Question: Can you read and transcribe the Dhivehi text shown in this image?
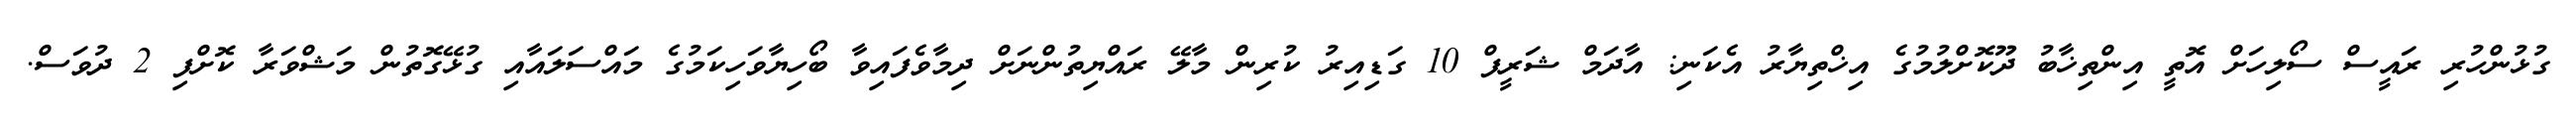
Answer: ގުޅުންހުރި ރައީސް ސޯލިހަށް އޮތީ އިންތިޚާބު ދޫކޮށްލުމުގެ އިޚްތިޔާރު އެކަނި: އާދަމް ޝަރީފް 10 ގަޑިއިރު ކުރިން މާލޭ ރައްޔިތުންނަށް ދިމާވެފައިވާ ބޯހިޔާވަހިކަމުގެ މައްސަލައާއި ގުޅޭގޮތުން މަޝްވަރާ ކޮށްފި 2 ދުވަސް.